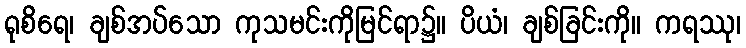
ရုစိရေ၊ ချစ်အပ်သော ကုသမင်းကိုမြင်ရာ၌။ ပိယံ၊ ချစ်ခြင်းကို။ ကရဿု၊